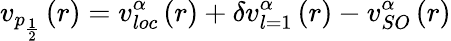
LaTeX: v_{p_{\frac{1}{2}}}\left(r\right)=v_{loc}^{\alpha}\left(r\right)+\delta v_{l=1}^{\alpha}\left(r\right)-v_{SO}^{\alpha}\left(r\right)